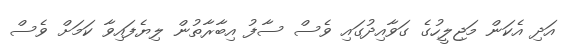
އަދި އެކަން މަޖިލީހުގެ ގަވާއިދުގައި ވެސް ސާފު އިބާރާތުން ލިޔެފައިވާ ކަމަށް ވެސް